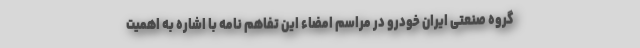
گروه صنعتی ایران خودرو در مراسم امضاء این تفاهم نامه با اشاره به اهمیت